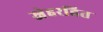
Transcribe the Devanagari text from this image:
स्नेहरहित